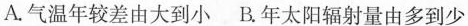
A.气温年较差由大到小 B.年太阳辐射量由多到少